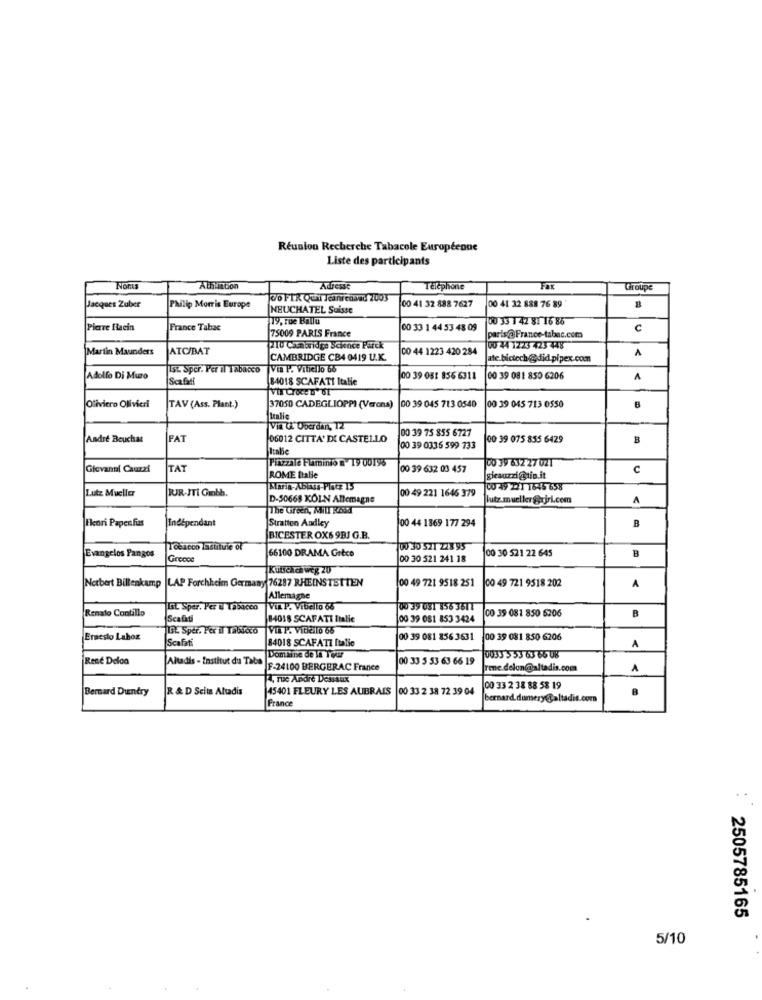
Réunion Recherche Tabacole Européenne
Liste des participants
Noms
Athinton
Adresse
Téléphone
FOK
Groupe
Jacques Zuber
Jo FIX Qui Jeanredanc 2003
Philip Morris Europe
NEUCHATEL Suisse
00 41 32 888 7627
00 41 32 888 76 89
B
19, rue Ballu
00 33 1 42 8: 16 86
Pierre Haein
France Tabac
00 33 1 44 53 48 09
c
75009 PARIS France
paris@France-tabac.com
Martin Maunders
ATC/BAT
210 Cambridge Science Parck
CO 44 1223 420 284
00 44 1223 423 448
A
CAMBRIDGE CB4 0419 U.K.
ate bictech @did.pipex.com
Ist. Sper, Per Il Tabacco |Via P. Vitiello 66
Adolfo Di Muro
|Scafati
84018 SCAFATI Italie
00 39 051 856 6311
00 39 081 850 6206
Oliviero Olivieri
TAV (Ass. Plant.)
37050 CADEGLIOPPI (Verona)
00 39 045 713 0540
00 39 045 713 0550
Italie
00 39 75 855 6727
Andre Beuchat
FAT
06012 CITTA' DI CASTELLO
00 39 075 855 6429
B
Italie
00 39 0336 599 733
Piazzale Pluminto a 19 00196
100 39 632 27 021
Giovanni Cauzzi
TAT
00 39 632 03 457
c
ROME Balle
gicauzzi@tin.it
Lutz Mueller
RJR-ITi Gmbh.
00 49 221 1646 379
C0 49 221 1645 658
D-50668 KÖLN Allemagne
lutz.mueller@rjri.com
A
The Green, Mill RSd
Henri Paper fus
Stratton Audley
00 44 1869 177 294
jIndépendant
B
BICESTER OX6 9BJ G.B.
11 ccacco Lastitule of
66100 DRAMA Grèce
100 35 521 228 95
00 30 521 22 645
Evangelos Pangos
Greece
00 30 521 241 18
B
Kutschch weg 20
Norbert Billenkamp |LAP Forchheim Germany 76287 RHEINSTETTEN
00 49 721 9518 251
00 49 721 9518 202
A
Allemagne
Renato Contillo
ISL Sper. Per & Tabacco
VIL P. Vibello 65
00 39 081 856 3617
Scafati
84018 SCAFATI Italie
00 39 081 853 3424
CO 39 081 850 6206
B
13. Sper. Per il Tabicco VILP. Vitiello 66
Ernesto Lahoz
Scafati
84018 SCAFATI Italie
00 39 081 856 3631 00 39 081 850 6206
A
Rene Delon
Altadis - Institut du Taba
Domaine de la Tour
00 33 5 53 63 66 19
10033 553 63 65 08
F-24100 BERGERAC France
rene.delon@altadis.com
A
4, rue Andre Dessaux
Bernard Duentry
R & D Scits Altadis
45401 FLEURY LES AUBRAIS
00 33 2 38 72 39 04
00 33 2 38 88 58 19
France
bernard.dumery@altadit.com
2505785165
5/10